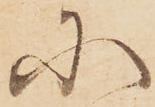
に